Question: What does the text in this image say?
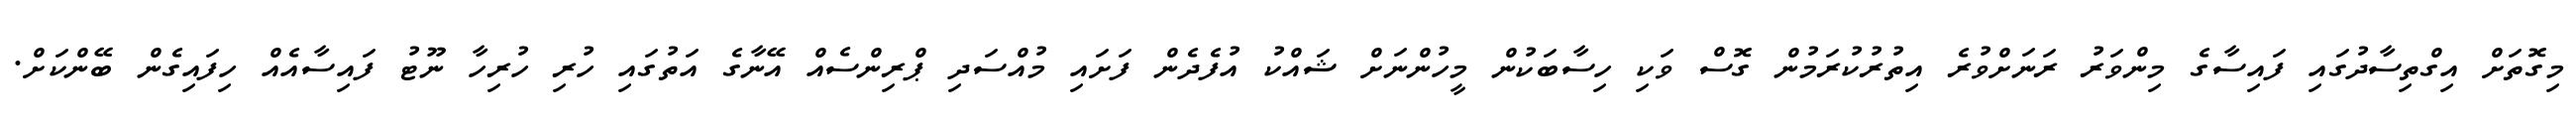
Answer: މިގޮތަށް އިގްތިސާދުގައި ފައިސާގެ މިންވަރު ރަނަށްވުރެ އިތުރުކުރަމުން ގޮސް ވަކި ހިސާބަކުން މީހުންނަށް ޝައްކު އުފެދެން ފަށައި މުއްސަދި ޕްރިންސެއް އޭނާގެ އަތުގައި ހުރި ހުރިހާ ނޫޓު ފައިސާއެއް ހިފައިގެން ބޭންކަށް.